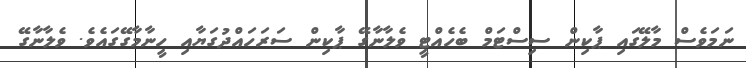
ނަމަވެސް މާލޭގައި ޕާކިން ސިސްޓަމް ބެހެއްޓީ ވެލާނާގޭ ޕާކިން ސަރަހައްދުގަޔާއި ހީނާމާގޭގައެވެ. ވެލާނާގޭ